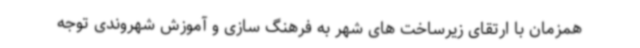
همزمان با ارتقای زیرساخت های شهر به فرهنگ سازی و آموزش شهروندی توجه